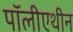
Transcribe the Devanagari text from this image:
पॉलीएथीन